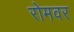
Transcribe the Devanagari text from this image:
रोमवर